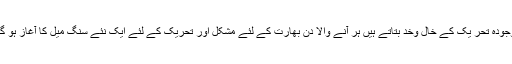
موجودہ تحر یک کے خال وخد بتاتے ہیں ہر آنے والا دن بھارت کے لئے مشکل اور تحریک کے لئے ایک نئے سنگِ میل کا آغاز ہو گا ۔